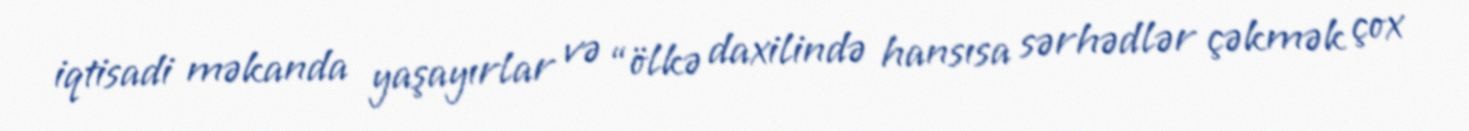
iqtisadi məkanda yaşayırlar və “ölkə daxilində hansısa sərhədlər çəkmək çox